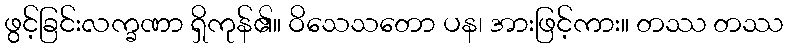
ဖွင့်ခြင်းလက္ခဏာ ရှိကုန်၏။ ဝိသေသတော ပန၊ အားဖြင့်ကား။ တဿ တဿ